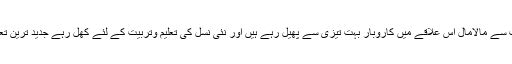
تیل کی دولت سے مالامال اس علاقے میں کاروبار بہت تیزی سے پھیل رہے ہیں اور نئی نسل کی تعلیم وتربیت کے لئے کھل رہے جدید ترین تعلیمی ادارے۔